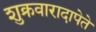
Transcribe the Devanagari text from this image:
शुक्रवारादापेते